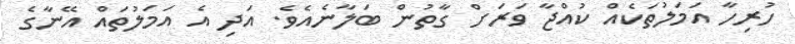
ހުރިހާ އަމަލުތަކެއް ކުއްޖާ ވަރަށް ގާތުން ބަލާނެއެވެ. އަދި އެ އަމަލުތައް އޭނާގެ